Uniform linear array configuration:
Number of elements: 16
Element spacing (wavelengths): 1
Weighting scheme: exponential
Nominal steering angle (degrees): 60
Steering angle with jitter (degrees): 60.174
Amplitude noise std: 0.05
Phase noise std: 0.05

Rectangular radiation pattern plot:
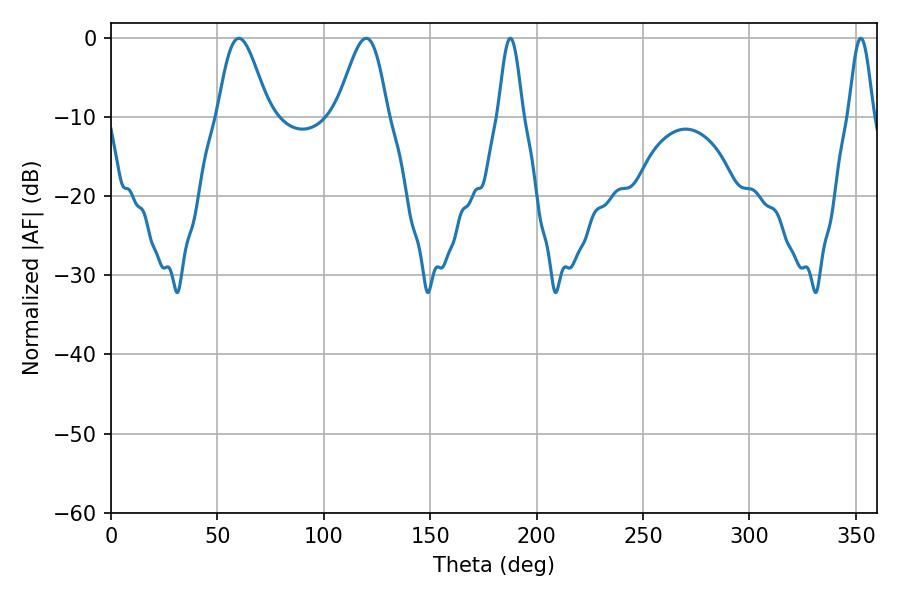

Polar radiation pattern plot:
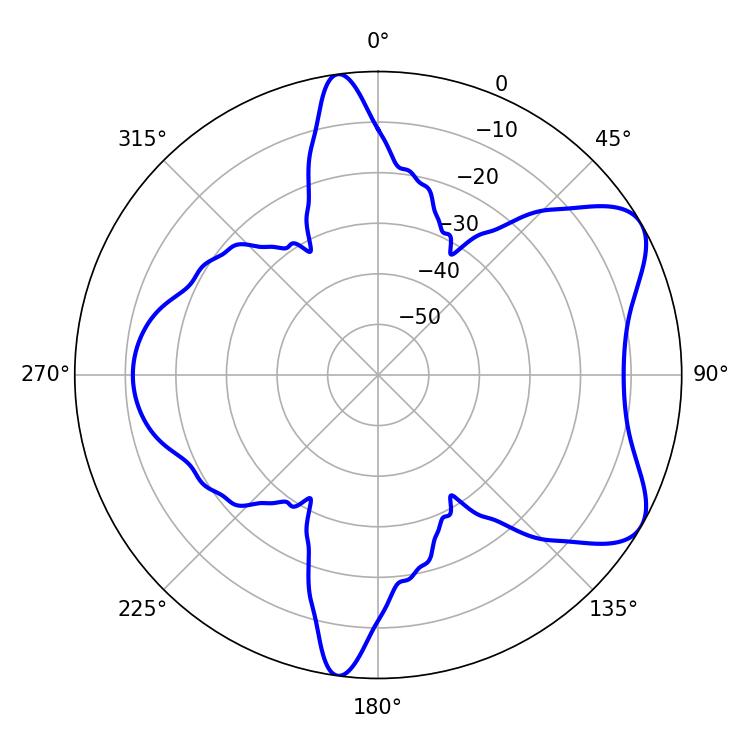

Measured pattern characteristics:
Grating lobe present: TRUE
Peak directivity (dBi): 6.958
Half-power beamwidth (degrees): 12.6
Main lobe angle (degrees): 60.12